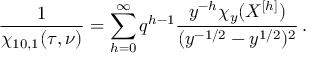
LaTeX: \frac { 1 } { \chi _ { 1 0 , 1 } ( \tau , \nu ) } = \sum _ { h = 0 } ^ { \infty } q ^ { h - 1 } \frac { y ^ { - h } \chi _ { y } ( X ^ { [ h ] } ) } { ( y ^ { - 1 / 2 } - y ^ { 1 / 2 } ) ^ { 2 } } \, .